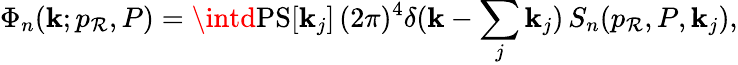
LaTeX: \Phi_{n}(\mathbf{k};p_{\mathcal{R}},P)=\intd\mathrm{{PS}}[\mathbf{k}_{j}]\, (2\pi)^{4}\delta(\mathbf{k}-\sum_{j}\mathbf{k}_{j})\, S_{n}(p_{\mathcal{R}},P,\mathbf{k}_{j}),